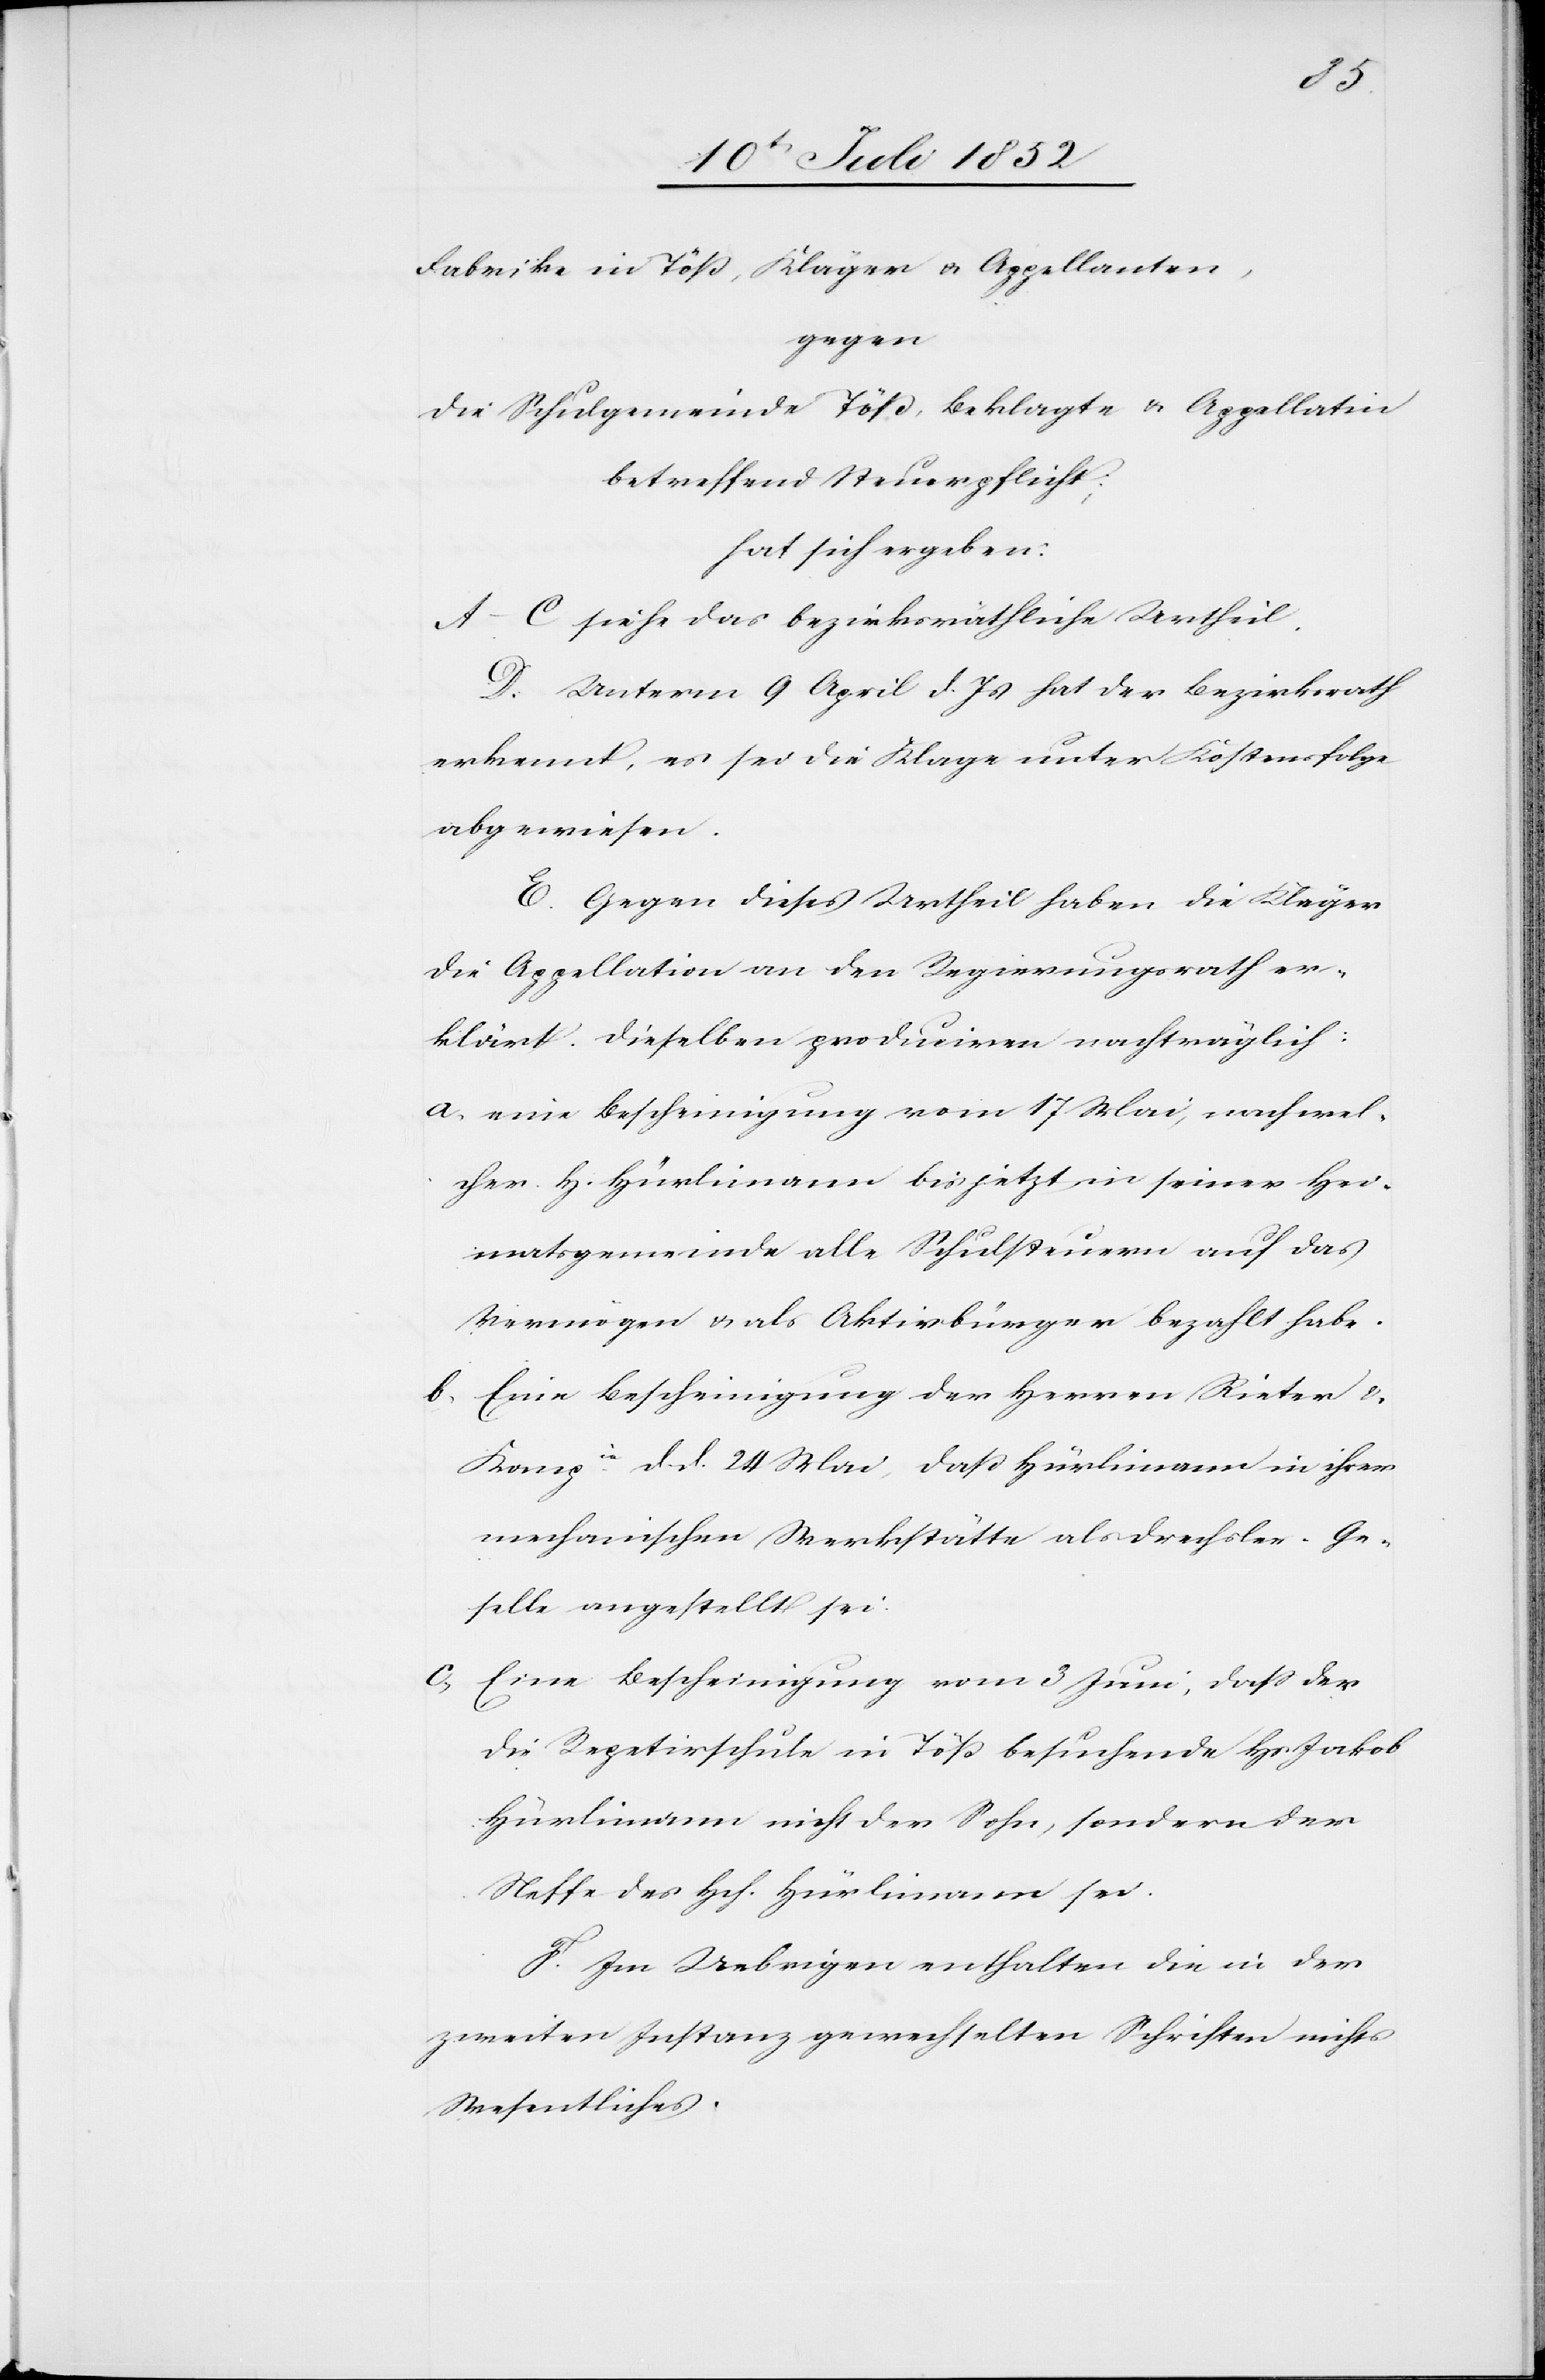
Fabrike in Töß, Kläger & Appellanten,
gegen
die Schulgemeinde Töß, Beklagte & Appellatin
betreffend Steuerpflicht;
hat sich ergeben:
A–C siehe das bezirksräthliche Urtheil.
D. Unterm 9 April d. Js hat der Bezirksrath
erkennt, es sei die Klage unter Kostensfolge
abgewiesen.
E. Gegen dieses Urtheil haben die Kläger
die Appellation an den Regierungsrath er¬
klärt. Dieselben produciren nachträglich:
eine Bescheinigung vom 17 Mai, nach wel¬
cher H. Hürlimann bis jetzt in seiner Hei¬
matsgemeinde alle Schulsteuern auf das
Vermögen & als Aktivbürger bezahlt habe.
Eine Bescheinigung der Herren Rieter &
Kompie. d d. 24 Mai, daß Hürlimann in ihrer
mechanischen Werkstätte als Drechsler-Ge¬
selle angestellt sei.
Eine Bescheinigung vom 3 Juni, dass der
die Repetirschule in Töß besuchende Hs Jakob
Hürlimann nicht der Sohn, sondern der
Neffe des Hch. Hürlimann sei.
F. Im Uebrigen enthalten die in der
zweiten Instanz gewechselten Schriften nichts
Wesentliches.